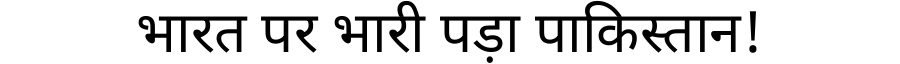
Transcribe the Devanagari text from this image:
भारत पर भारी पड़ा पाकिस्तान!